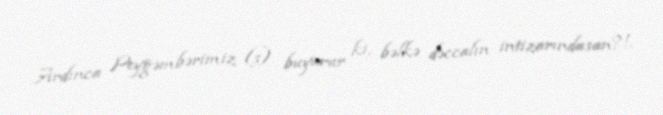
Ardınca Peyğəmbərimiz (s) buyurur ki, bəlkə dəccalın intizarındasan?!.